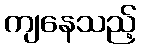
ကျနေသည့်